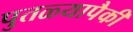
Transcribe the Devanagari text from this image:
पुतळ्यापैकी